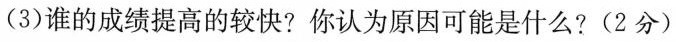
(3)谁的成绩提高的较快?你认为原因可能是什么?(2分)